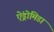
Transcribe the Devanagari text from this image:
ऐंड्रोमिडा